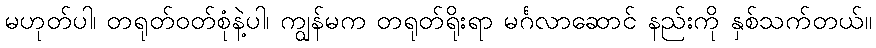
မဟုတ်ပါ၊ တရုတ်ဝတ်စုံနဲ့ပါ၊ ကျွန်မက တရုတ်ရိုးရာ မင်္ဂလာဆောင် နည်းကို နှစ်သက်တယ်။